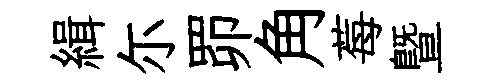
緝尓𦊑角莓曁